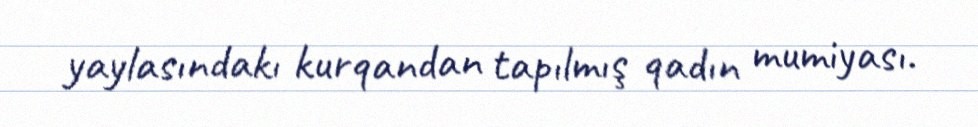
yaylasındakı kurqandan tapılmış qadın mumiyası.